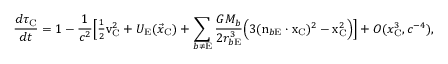
\frac { d \tau _ { \mathrm { C } } } { d t } = 1 - \frac { 1 } { c ^ { 2 } } \Big [ { \textstyle \frac { 1 } { 2 } } \boldsymbol { \mathrm { v } } _ { \mathrm { C } } ^ { 2 } + U _ { \mathrm { E } } ( { \vec { x } } _ { \mathrm { C } } ) + \sum _ { b \not = \mathrm { E } } \frac { G M _ { b } } { 2 r _ { b \mathrm { E } } ^ { 3 } } \Big ( 3 ( \boldsymbol { \mathrm { n } } _ { b \mathrm { E } } \cdot \boldsymbol { \mathrm { x } } _ { \mathrm { C } } ) ^ { 2 } - \boldsymbol { \mathrm { x } } _ { \mathrm { C } } ^ { 2 } \Big ) \Big ] + { \cal O } ( { x _ { \mathrm { C } } ^ { 3 } , c ^ { - 4 } } ) ,